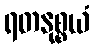
ရတနုစ္စယံ